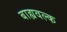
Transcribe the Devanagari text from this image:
बाह्यवल्क